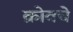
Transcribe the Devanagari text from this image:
क्रोवचे